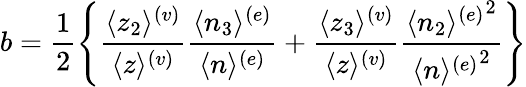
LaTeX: b=\frac{1}{2}\left\{ \frac{\langle z_{2}\rangle^{(v)}}{\langle z\rangle^{(v)}}\frac{\langle n_{3}\rangle^{(e)}}{\langle n\rangle^{(e)}}+\frac{\langle z_{3}\rangle^{(v)}}{\langle z\rangle^{(v)}}\frac{{\langle n_{2}\rangle^{(e)}}^{2}}{{\langle n\rangle^{(e)}}^{2}}\right\}